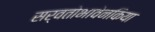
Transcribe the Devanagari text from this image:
सर्वतोभावेनकिया